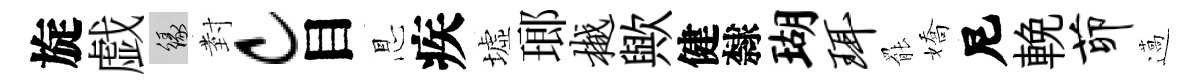
旋戯緣𭔹c目㤙疾墟瑯樾歟健隸瑚珥罷嬌尼輓茆薖